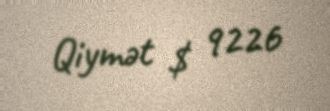
Qiymət $ 9226